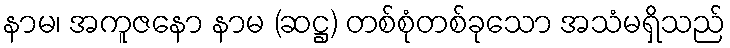
နာမ၊ အကူဇနော နာမ (ဆဋ္ဌ) တစ်စုံတစ်ခုသော အသံမရှိသည်